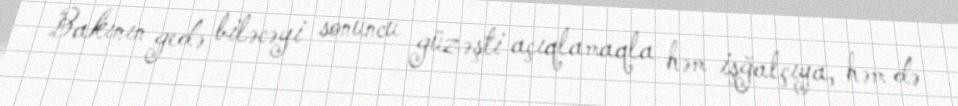
Bakının gedə biləcəyi sonuncu güzəşti açıqlamaqla həm işğalçıya, həm də